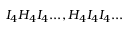
I _ { 4 } H _ { 4 } I _ { 4 } . . . , H _ { 4 } I _ { 4 } I _ { 4 } . . .